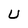
Character: U